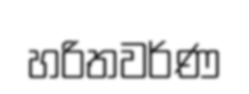
හරිතවර්ණ